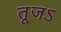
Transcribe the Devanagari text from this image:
तूजऽ